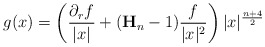
\begin{align*}g(x)=\left(\frac{\partial_rf}{|x|}+(\mathbf{H}_n-1)\frac{f}{|x|^2}\right)|x|^{\frac{n+4}{2}}\end{align*}